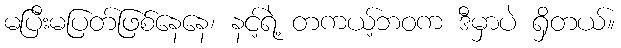
မပြီးမပြတ်ဖြစ်နေနေ၊ နင့်ရဲ့ တကယ့်ဘဝက ဒီမှာပဲ ရှိတယ်။